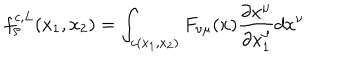
LaTeX: f _ { \rho } ^ { c , L } ( x _ { 1 } , x _ { 2 } ) = \int _ { c ( x _ { 1 } , x _ { 2 } ) } F _ { \nu \mu } ( x ) \frac { \partial x ^ { \mu } } { \partial x _ { 1 } ^ { \rho } } d x ^ { \nu }